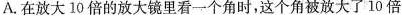
A.在放大10倍的放大镜里看一个角时，这个角被放大了10倍